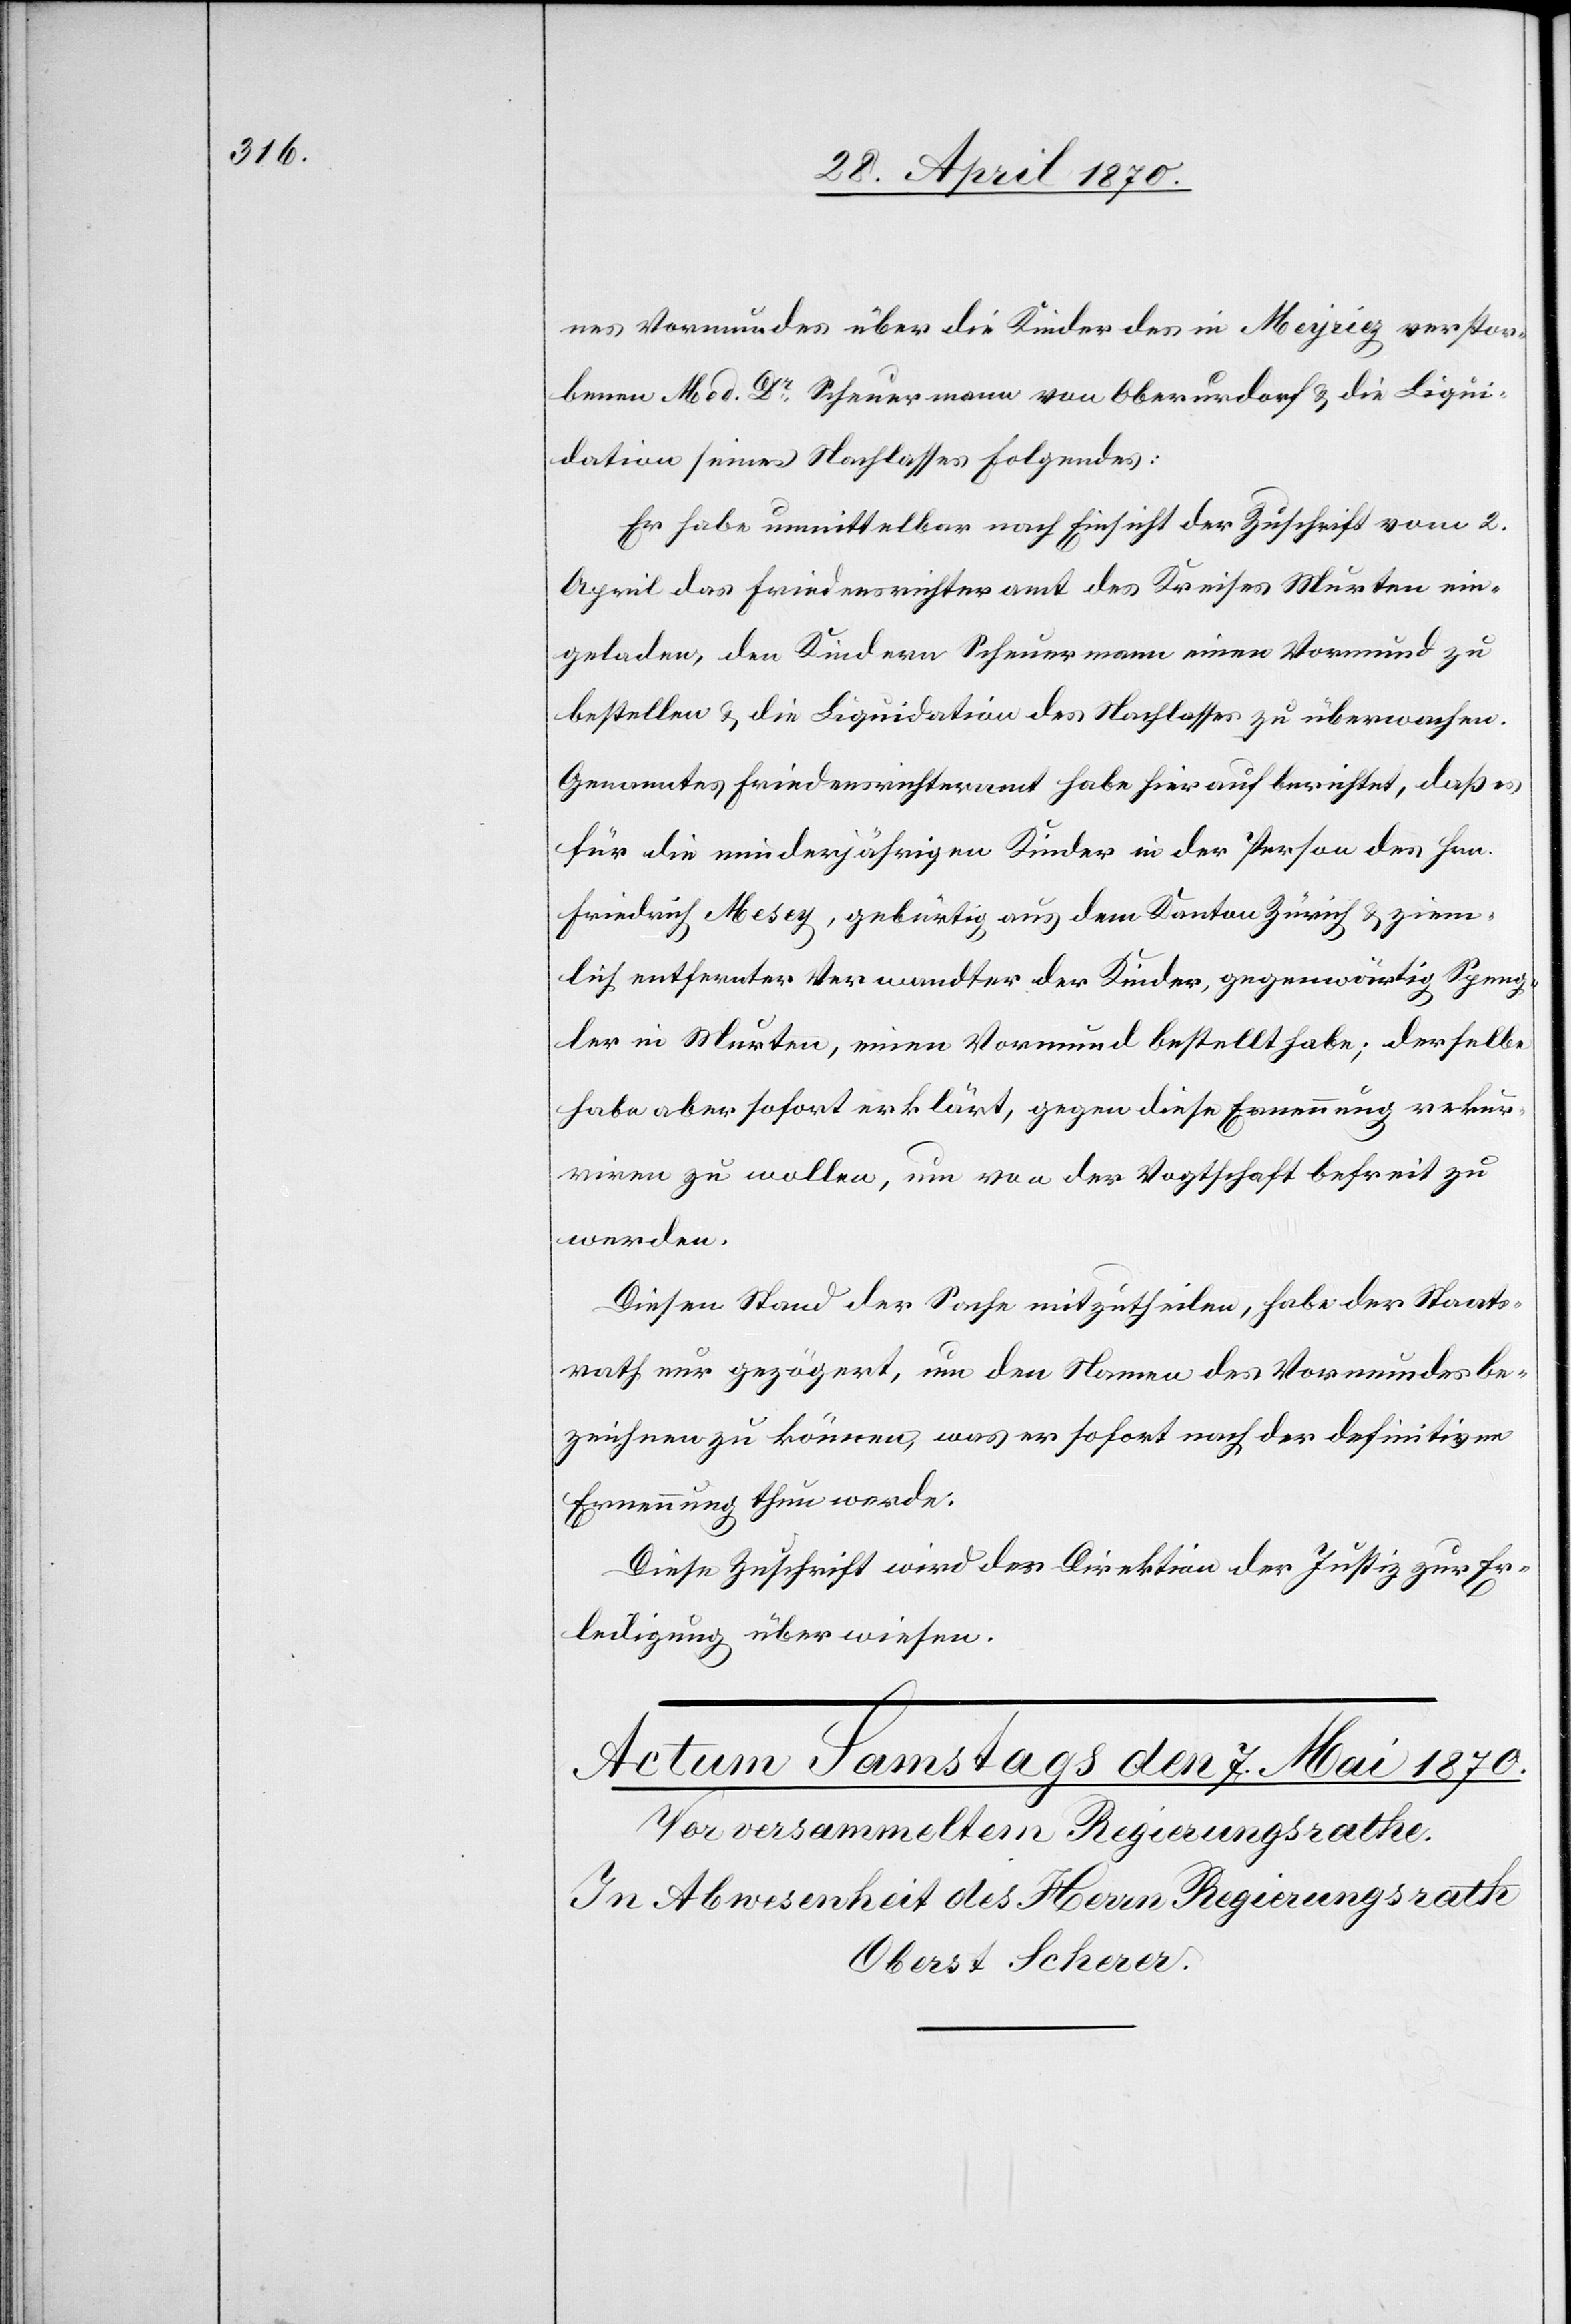
nes Vormundes über die Kinder des in Meyriez verstor¬
benen Med. Dr Scheuermann von Oberurdorf & die Liqui¬
dation seines Nachlasses Folgendes:
Er habe unmittelbar nach Einsicht der Zuschrift vom 2.
April das Friedensrichteramt des Kreises Murten ein¬
geladen, den Kindern Scheuermann einen Vormund zu
bestellen & die Liquidation des Nachlasses zu überwachen.
Genanntes Friedensrichteramt habe hierauf berichtet, daß es
für die minderjährigen Kinder in der Person des Hrn.
Friedrich Mesey, gebürtig aus dem Kanton Zürich & ziem¬
lich entfernter Verwandter der Kinder, gegenwärtig Speng¬
ler in Murten, einen Vormund bestellt habe; derselbe
habe aber sofort erklärt, gegen diese Ernennung rekur¬
riren zu wollen, um von der Vogtschaft befreit zu
werden.
Diesen Stand der Sache mitzutheilen, habe der Staats¬
rath nur gezögert, um den Namen des Vormundes be¬
zeichnen zu können, was er sofort nach der definitiven
Ernennung thun werde.
Diese Zuschrift wird der Direktion der Justiz zur Er¬
ledigung überwiesen.